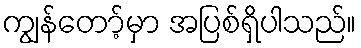
ကျွန်တော့်မှာ အပြစ်ရှိပါသည်။